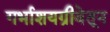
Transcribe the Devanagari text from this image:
गर्भाशयग्रीवेतून